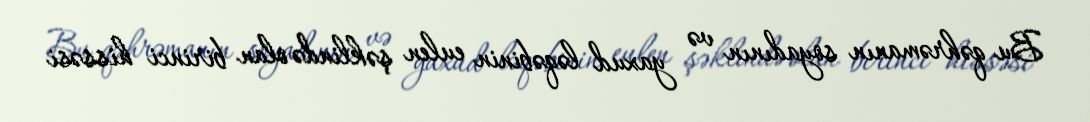
Bu qəhrəmanın soyadının və yaxud ləqəbinin eulen şəklində olan birinci hissəsi